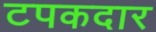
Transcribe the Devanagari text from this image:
टपकदार